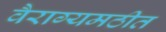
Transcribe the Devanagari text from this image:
वैराग्यमठीत